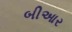
બીઆર